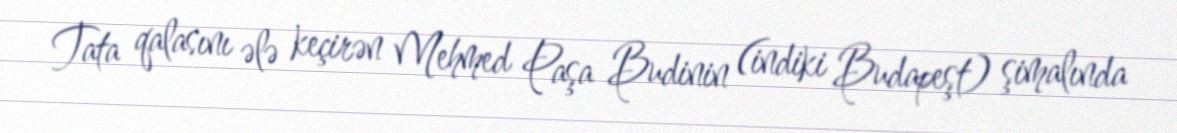
Tata qalasını ələ keçirən Mehmed Paşa Budinin (indiki Budapeşt) şimalında